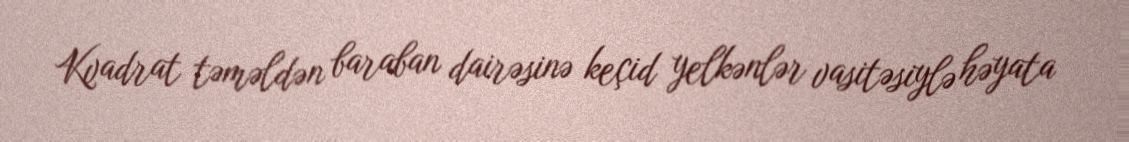
Kvadrat təməldən baraban dairəsinə keçid yelkənlər vasitəsiylə həyata